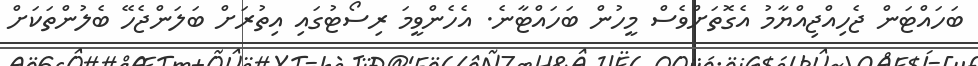
ބަހައްޓަން ޖެހިއްޖިއްޔާމު އެގޮތަށްވެސް މީހުން ބަހައްޓާނެ. އެހެންވީމަ ރިސޯޓުގައި އިތުރަށް ބަލަންޖެހޭ ބެލުންތަކަށް